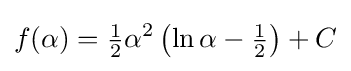
f(\alpha )={\tfrac {1}{2}}\alpha ^{2}\left(\ln \alpha -{\tfrac {1}{2}}\right)+C